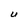
Character: U